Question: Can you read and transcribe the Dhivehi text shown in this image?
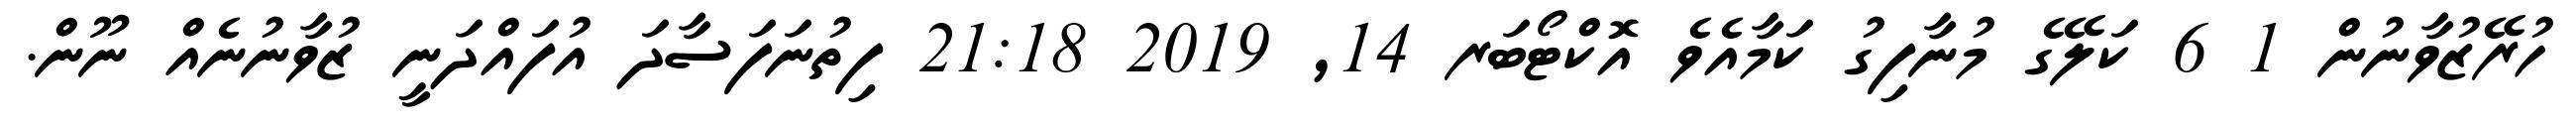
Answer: ހުރޭޒުވާނުން 1 6 ކަލޭގެ މުނާފިގު ކަމާއެވެ އޮކްޓޯބަރ 14, 2019 21:18 ފިތުނަފަސާދަ އުފައްދަނީ ޒުވާނުނެއް ނޫން.